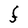
Character: F